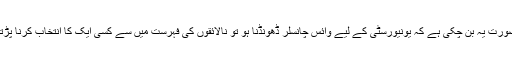
اب صورت یہ بن چکی ہے کہ یونیورسٹی کے لیے وائس چانسلر ڈھونڈنا ہو تو نالائقوں کی فہرست میں سے کسی ایک کا انتخاب کرنا پڑتا ہے۔